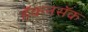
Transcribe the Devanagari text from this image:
हॅकनसॅक